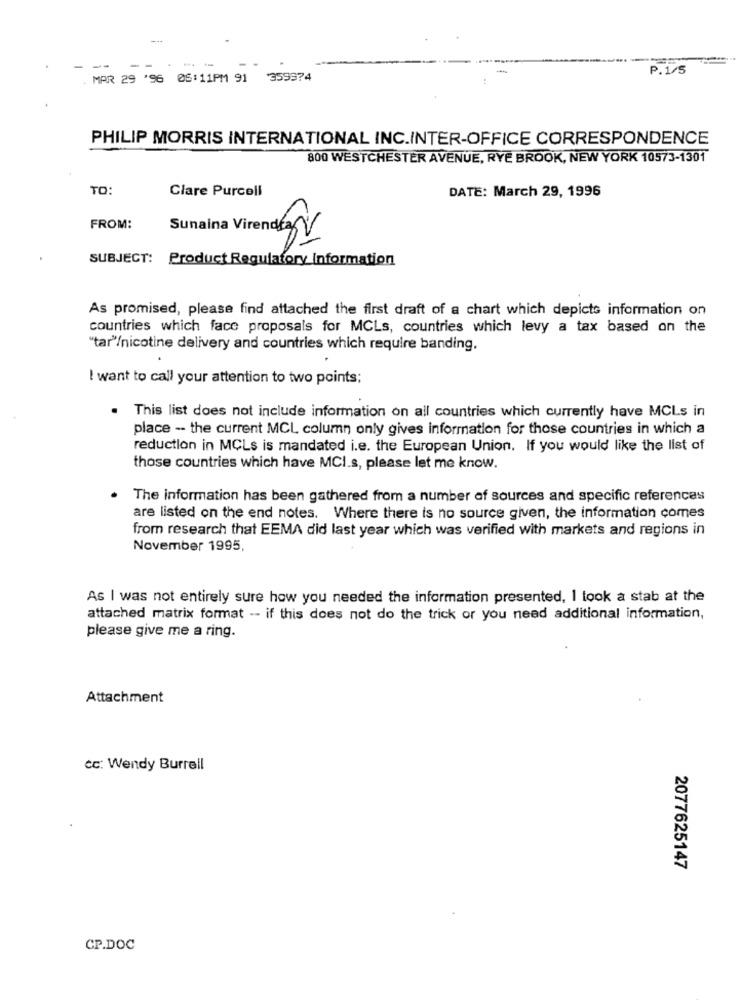
--
P.1/5
. MAR 29 '96 0S:11PM 91
359374
PHILIP MORRIS INTERNATIONAL INC.INTER-OFFICE CORRESPONDENCE
800 WESTCHESTER AVENUE, RYE BROOK, NEW YORK 10573-1301
TO:
Clare Purcell
DATE: March 29, 1996
FROM:
Sunaina Virendez
SUBJECT: Product Regulatory Information
As promised, please find attached the first draft of a chart which depicts information on
countries which face proposals for MCLs, countries which levy a tax based on the
"tar"/nicotine delivery and countries which require banding.
I want to call your attention to two points;
. This list does not include information on all countries which currently have MCLs in
place -- the current MCL column only gives information for those countries in which a
reduction in MCLs is mandated i.e. the European Union. If you would like the list of
those countries which have MCI.s, please let me know.
. The information has been gathered from a number of sources and specific references
are listed on the end notes. Where there is no source given, the information comes
from research that EEMA did last year which was verified with markets and regions in
November 1995,
As I was not entirely sure how you needed the information presented, I took a stab at the
attached matrix format -- if this does not do the trick or you need additional information,
please give me a ring.
Attachment
cc: Wendy Burrell
2077625147
CP.DOC